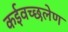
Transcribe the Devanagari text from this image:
कईवच्छलेण